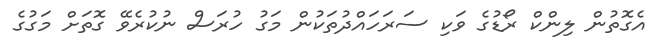
އެގޮތުން ލިންކް ރޯޑުގެ ވަކި ސަރަހައްދުތަކުން މަގު ހުރަސް ނުކުރެވޭ ގޮތަށް މަގުގެ